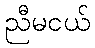
ညီမငယ်